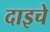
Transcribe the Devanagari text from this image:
दाइचे